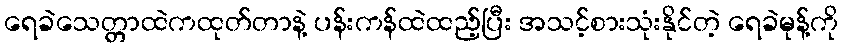
ရေခဲသေတ္တာထဲကထုတ်တာနဲ့ ပန်းကန်ထဲထည့်ပြီး အသင့်စားသုံးနိုင်တဲ့ ရေခဲမုန့်ကို